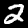
Digit: 2